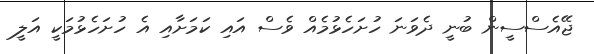
ޖޭއެސްސީން ބުނީ ދެވަނަ ހުށަހެޅުމެއް ވެސް އައި ކަމަށާއި އެ ހުށަހެޅުމަކީ އަލީ